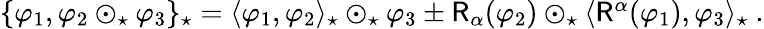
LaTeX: \begin{array}{r}{\{ \varphi_{1},\varphi_{2}\odot_{\star}\varphi_{3}\} _{\star}=\langle\varphi_{1},\varphi_{2}\rangle_{\star}\odot_{\star}\varphi_{3}\pm\mathsf{R}_{\alpha}(\varphi_{2})\odot_{\star}\langle\mathsf{R}^{\alpha}(\varphi_{1}),\varphi_{3}\rangle_{\star}\ .}\end{array}